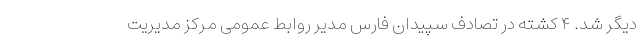
دیگر شد. ۴ کشته در تصادف سپیدان فارس مدیر روابط عمومی مرکز مدیریت